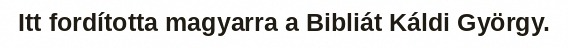
Itt fordította magyarra a Bibliát Káldi György.